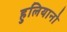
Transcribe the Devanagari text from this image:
हुलियानो